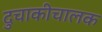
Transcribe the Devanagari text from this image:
दुचाकीचालक